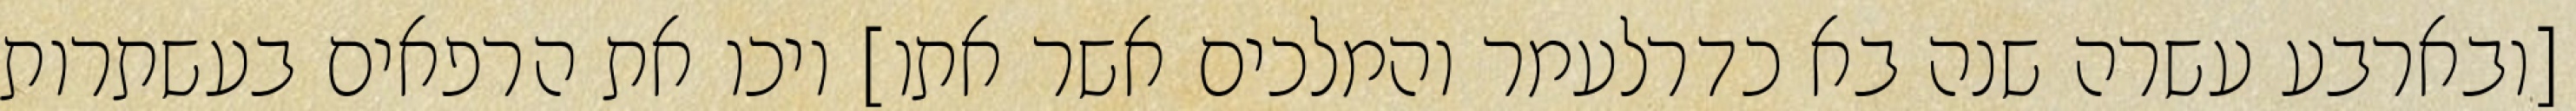
[ובארבע עשרה שנה בא כדרלעמר והמלכים אשר אתו] ויכו את הרפאים בעשתרות